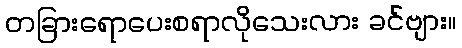
တခြားရောပေးစရာလိုသေးလား ခင်ဗျား။